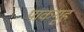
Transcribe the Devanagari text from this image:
पाकगृह